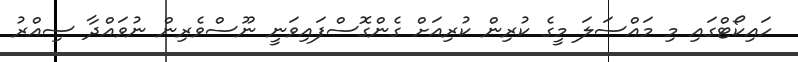
ހައިކޯޓްގައި މި މައްސަލަ މީގެ ކުރިން ކުރިއަށް ގެންގޮސްފައިވަނީ ނޫސްވެރިން ނުވައްދާ ސިއްރު